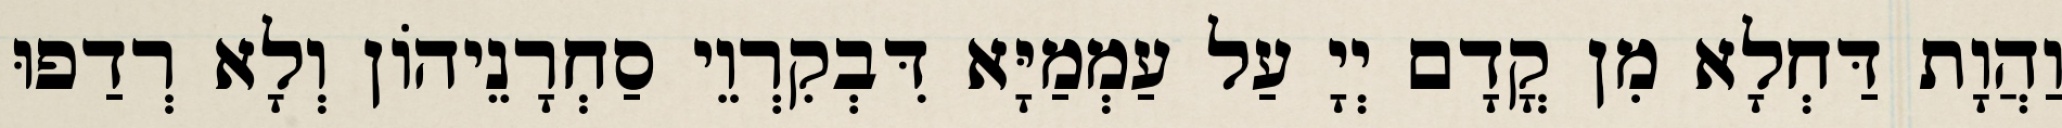
וַהֲוָת דַּחְלָא מִן קֳדָם יְיָ עַל עַמְמַיָּא דִּבְקִרְוֵי סַחְרָנֵיהוֹן וְלָא רְדַפוּ